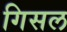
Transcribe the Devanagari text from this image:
गिसल